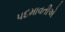
પદમાવતીએ